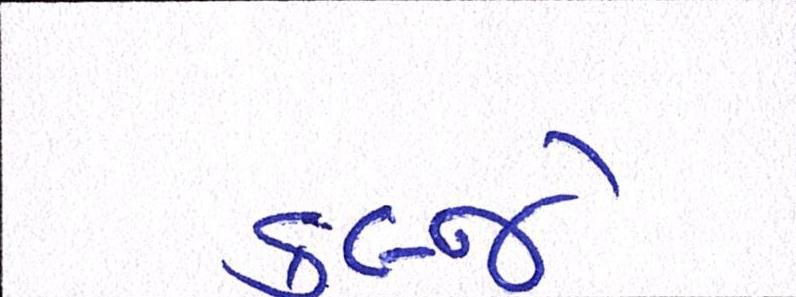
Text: કબ્જે